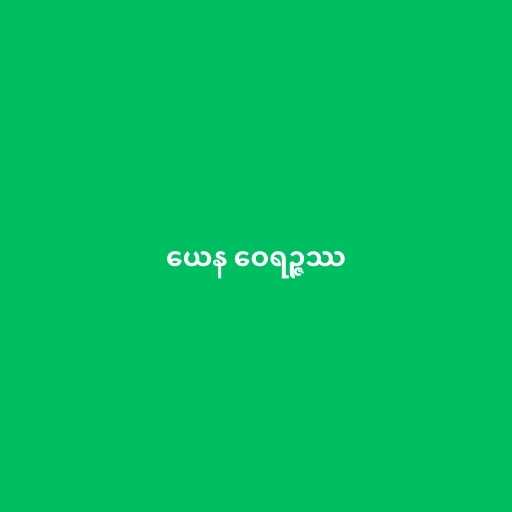
ယေန ဝေရဉ္ဇဿ